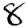
Digit: 8